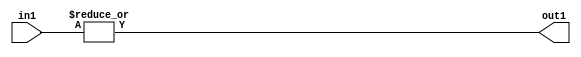
`timescale 1ps / 1ps
/*****************************************************************************
    Verilog RTL Description
    
    
    Created by: Stratus DpOpt 2019.1.01 
*******************************************************************************/

module GauFilter_OrReduction_2U_1U_4 (
	in1,
	out1
	); /* architecture "behavioural" */ 
input [1:0] in1;
output  out1;
wire  asc001;

assign asc001 = 
	(|in1);

assign out1 = asc001;
endmodule

/* CADENCE  urXySgE= : u9/ySgnWtBlWxVPRXgAZ4Og= ** DO NOT EDIT THIS LINE ******/